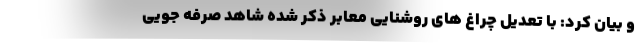
و بیان کرد: با تعدیل چراغ های روشنایی معابر ذکر شده شاهد صرفه جویی